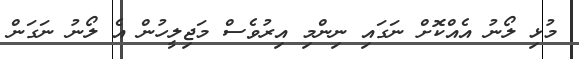
މުޅި ލޯނު އެއްކޮށް ނަގައި ނިންމި އިރުވެސް މަޖިލީހުން އެ ލޯނު ނަގަން